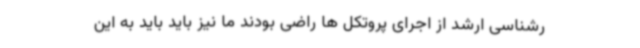
رشناسی ارشد از اجرای پروتکل ها راضی بودند ما نیز باید باید به این